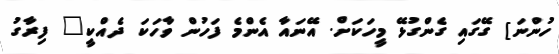
ހުންނަ] ގޭގައި ގެންގުޅޭ މީހަކަށް. އޭނައާ އެންމެ ފަހުން ވާހަކަ ދެއްކީ" ފިރާގު